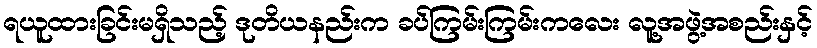
ရယူထားခြင်းမရှိသည့် ဒုတိယနည်းက ခပ်ကြမ်းကြမ်းကလေး လူ့အဖွဲ့အစည်းနှင့်